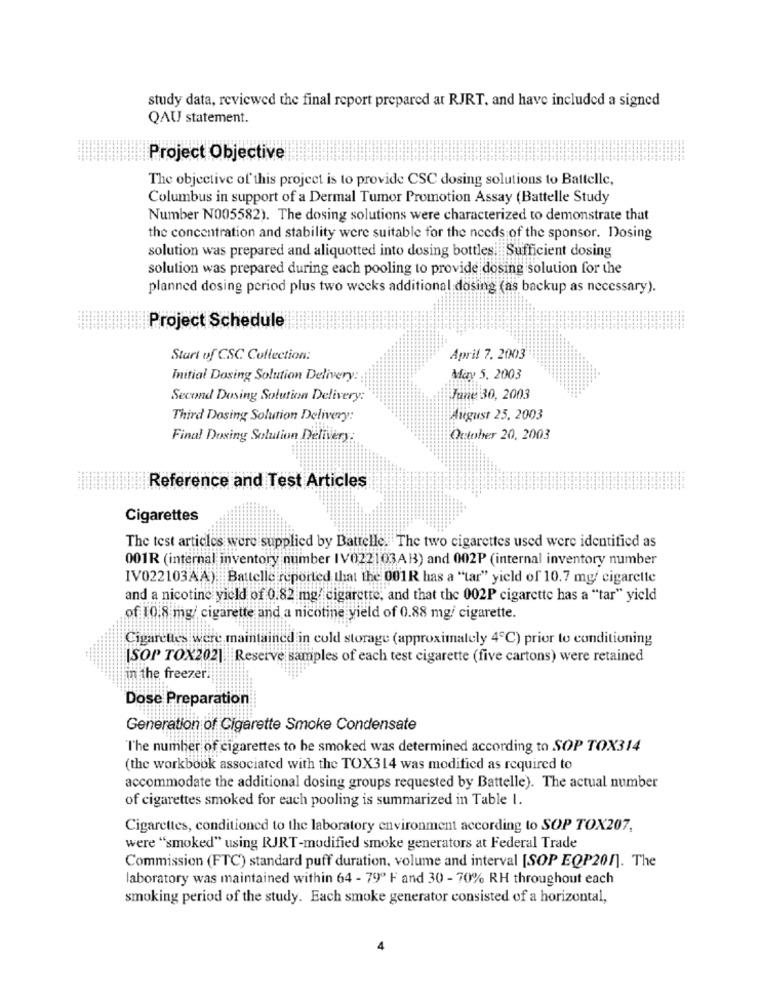
study data, reviewed the final report prepared at RJRT, and have included a signed
QAU statement.
Project Objective
The objective of this project is to provide CSC dosing solutions to Battelle,
Columbus in support of a Dermal Tumor Promotion Assay (Battelle Study
Number N005582). The dosing solutions were characterized to demonstrate that
the concentration and stability were suitable for the needs of the sponsor. Dosing
solution was prepared and aliquotted into dosing bottles. Sufficient dosing
solution was prepared during each pooling to provide dosing solution for the
planned dosing period plus two weeks additional dosing (as backup as necessary).
Project Schedule
Start of CSC Collection:
April 7, 2003
Initial Dosing Solution Delivery:
May 5, 2003
Second Dosing Solution Delivery:
June 30, 2003
Third Dosing Solution Delivery:
August 25, 2003
Final Dosing Solution Delivery:
October 20, 2003
Reference and Test Articles
Cigarettes
The test articles were supplied by Battelle. The two cigarettes used were identified as
001R (internal inventory number IV022103A13) and 002P (internal inventory number
IVO22103AA) Battelle reported that the 001R has a "tar" yield of 10.7 mg/ cigarette
and a nicotine yield of 0.82 mg/ cigarette, and that the 002P cigarette has a "tar" yield
of 10.8 mg/ cigarette and a nicotine yield of 0.88 mg/ cigarette.
Cigarettes were maintained in cold storage (approximately 4℃) prior to conditioning
ISOP TOX202] Reserve samples of each test cigarette (five cartons) were retained
in the freezer!
Dose Preparation
Generation of Cigarette Smoke Condensate
The number of cigarettes to be smoked was determined according to SOP TOX314
(the workbook associated with the TOX314 was modified as required to
accommodate the additional dosing groups requested by Battelle). The actual number
of cigarettes smoked for each pooling is summarized in Table I.
Cigarettes, conditioned to the laboratory environment according to SOP TOX207,
were "smoked" using RJRT-modified smoke generators at Federal Trade
Commission (FTC) standard puff duration, volume and interval [SOP EQP20/). The
laboratory was maintained within 64 - 79º F and 30 - 70% RH throughout each
smoking period of the study. Each smoke generator consisted of a horizontal,